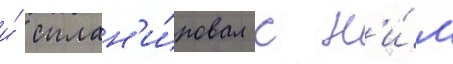
и́ сплан'и́ровал с н'и́м